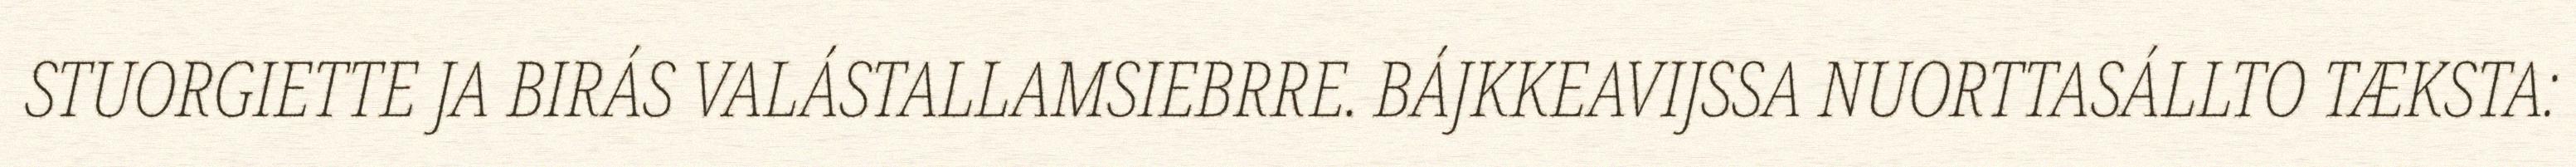
STUORGIETTE JA BIRÁS VALÁSTALLAMSIEBRRE. BÁJKKEAVIJSSA NUORTTASÁLLTO TÆKSTA: